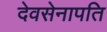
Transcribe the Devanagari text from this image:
देवसेनापति